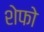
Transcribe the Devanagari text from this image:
शेफो